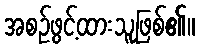
အစဉ်ဖွင့်ထားသူဖြစ်၏။